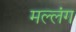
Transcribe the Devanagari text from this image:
मल्लंग